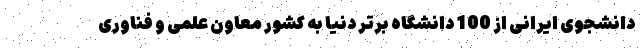
دانشجوی ایرانی از 100 دانشگاه برتر دنیا به کشور معاون علمی و فناوری